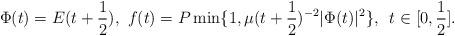
LaTeX: \begin{align*}\Phi(t)=E(t+\frac12),\,\, f(t)=P\min\{1,\mu(t+\frac12)^{-2}|\Phi(t)|^2\},\,\,\,t\in [0,\frac12]. \end{align*}